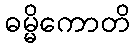
ဓမ္မိကောတိ